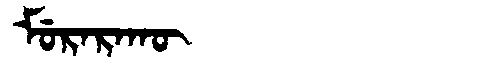
Manchu: ᠮᡠᡵᠠᡵᠠᡴᡡ
Romanization: MURARAKŪ